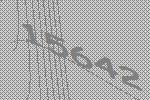
15642